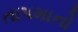
તાપમાનો